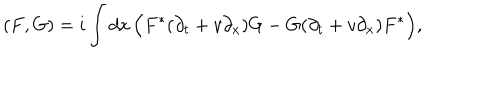
( F , G ) = i \int d x \, \Bigl ( F ^ { * } ( \partial _ { t } + v \partial _ { x } ) G - G ( \partial _ { t } + v \partial _ { x } ) F ^ { * } \Bigr ) ,